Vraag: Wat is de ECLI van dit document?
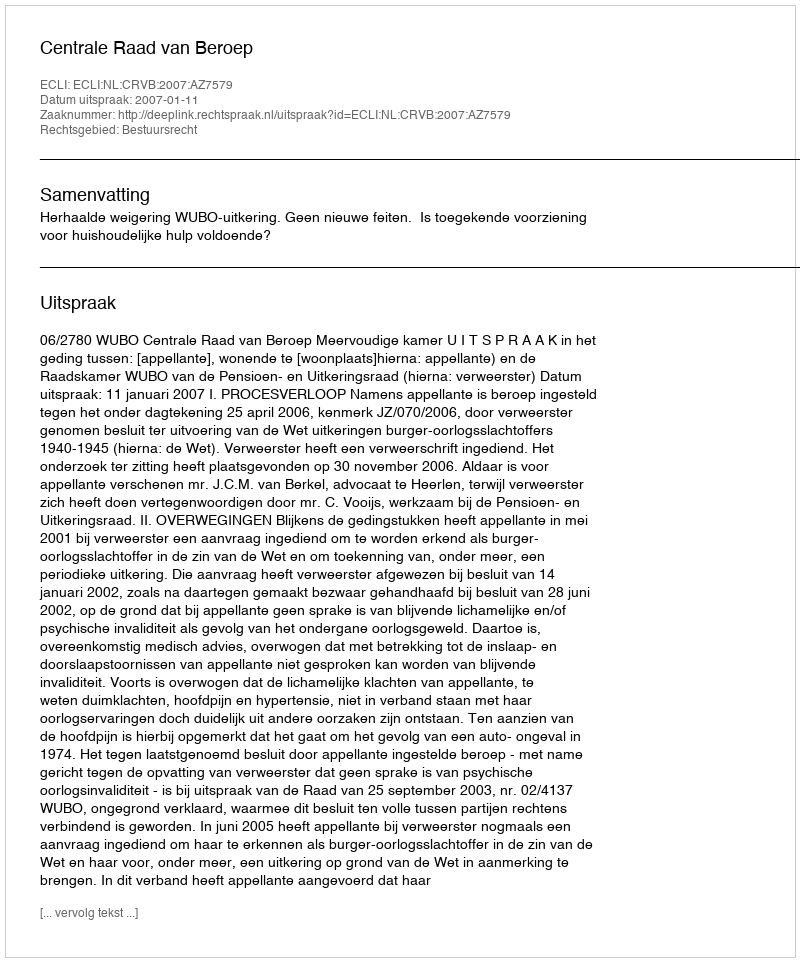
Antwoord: ECLI:NL:CRVB:2007:AZ7579